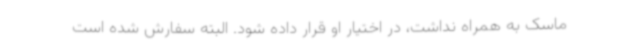
ماسک به همراه نداشت، در اختیار او قرار داده شود. البته سفارش شده است